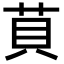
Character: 𦮷